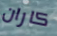
كاران